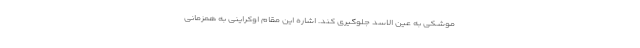
موشکی به عین الاسد جلوگیری کند. اشاره این مقام اوکراینی به همزمانی